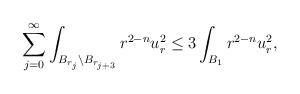
LaTeX: \begin{align*}\sum_{j = 0}^{\infty} \int_{B_{r_{j}}\setminus B_{r_{j+3}}} r^{2-n} u_r^2 \leq 3 \int_{B_{1}} r^{2-n} u_r^2,\end{align*}